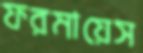
ফরমায়েস